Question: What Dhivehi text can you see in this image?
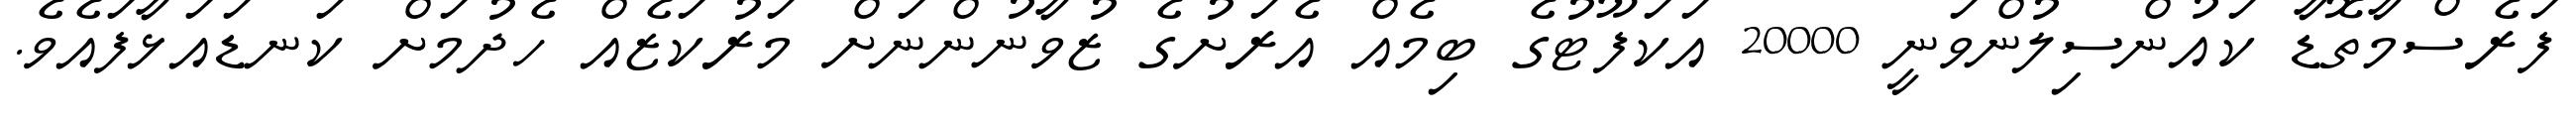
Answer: ފަރެސްމާތޮޑާ ކައުންސިލުންވަނީ 20000 އަކަފޫޓުގެ ބިމެއް އެރަށުގެ ޒުވާނުންނަށް މަރުކަޒެއް ހެދުމަށް ކަނޑައަޅާފައެވެ.